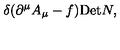
\delta ( \partial ^ { \mu } A _ { \mu } - f ) \mathrm { D e t } N ,